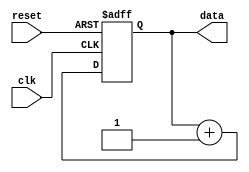
module RepeatLoop (
    input wire clk,       // Clock signal
    input wire reset,     // Reset signal to break the loop
    output reg [7:0] data // Example output data
);

    // Initialization
    initial begin
        data = 8'b0; // Initialize data to 0
    end

    always @(posedge clk or posedge reset) begin
        if (reset) begin
            // Reset action can be defined here
            data <= 8'b0; // Example of resetting data
        end else begin
            // Infinite loop block
            // Replace with the actual operations to be repeated
            data <= data + 1; // Example operation: increment data
        end
    end

endmodule